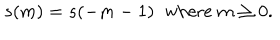
LaTeX: s ( m ) = s ( - m - 1 ) \; \; \mathrm { w h e r e } \; m \geq 0 .